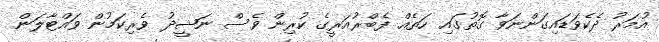
އުމަރު ދެކެވަޑައިގަންނަވާ ގޮތުގައި ހަތެއް ފެބްރުއަރީގެ ކުރިން ވެސް ނަޝީދު ވެރިކަމުން ވައްޓާލަން